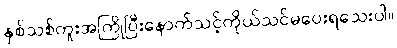
နှစ်သစ်ကူးအကြိုပြီးနောက်သင့်ကိုယ်သင်မပေးရသေးပါ။